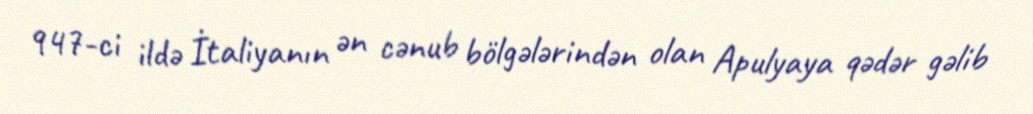
947-ci ildə İtaliyanın ən cənub bölgələrindən olan Apulyaya qədər gəlib